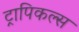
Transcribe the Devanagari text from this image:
ट्रापिकल्स